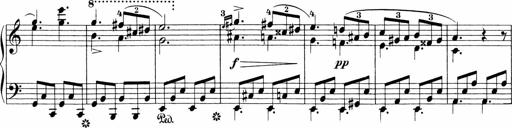
Title: Sonatinen Op.47, 98 und 136, nebst 6 Liedersonatinen
Composer: Carl Reinecke